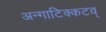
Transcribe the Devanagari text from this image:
अन्गाटिक्कटव्